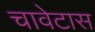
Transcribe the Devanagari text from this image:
चावेटास